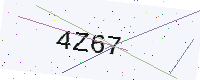
Text: 4Z67